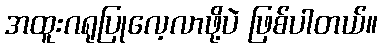
အထူးဂရုပြုလေ့လာဖို့ပဲ ဖြစ်ပါတယ်။